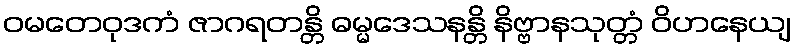
ဝမတေဝုဒကံ ဇာဂရတန္တိ ဓမ္မဒေသနန္တိ နိဗ္ဗာနသုတ္တံ ဝိဟနေယျ